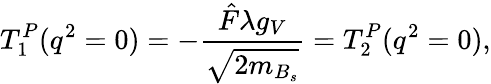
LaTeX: T_{1}^{P}(q^{2}=0)=-\frac{\hat{F}\lambda g_{V}}{\sqrt{2m_{B_{s}}}}=T_{2}^{P}(q^{2}=0),